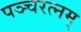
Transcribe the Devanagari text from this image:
पञ्चरत्नम्